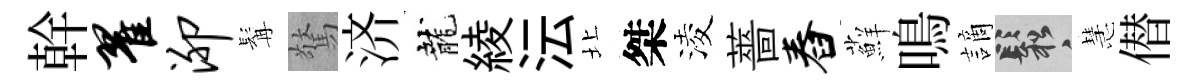
幹翟泖髯驚济龍綾沄北桀淩薔舂蘚鳴謫鬆慧僣